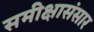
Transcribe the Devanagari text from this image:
समीक्षासंसार